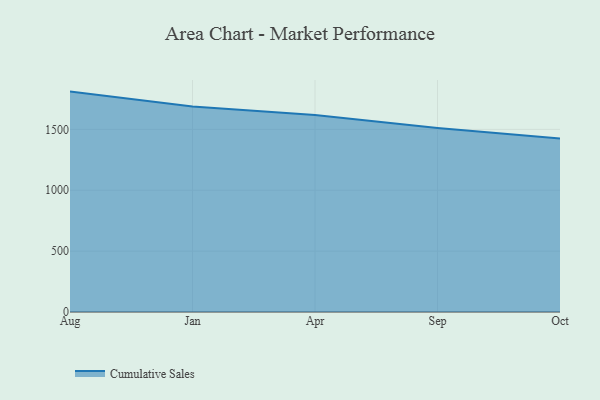
{"axis": {"x": "Month", "y": "Population (Million)"}, "legend": ["Cumulative Sales"], "data": [{"x": "Aug", "y": 1810.5, "type": "Cumulative Sales"}, {"x": "Jan", "y": 1689.1, "type": "Cumulative Sales"}, {"x": "Apr", "y": 1617.7, "type": "Cumulative Sales"}, {"x": "Sep", "y": 1511.9, "type": "Cumulative Sales"}, {"x": "Oct", "y": 1425.3, "type": "Cumulative Sales"}]}